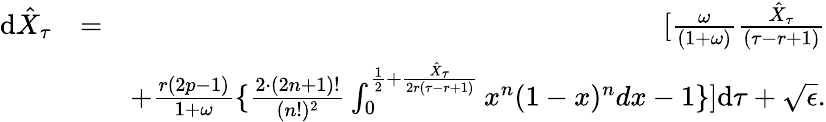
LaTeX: \begin{array}{rlr}{\textrm{d}\hat{X}_{\tau}}&{=}&{[\frac{\omega}{(1+\omega)}\frac{\hat{X}_{\tau}}{(\tau-r+1)}}\\ &{}&{+\frac{r(2p-1)}{1+\omega}\{ \frac{2\cdot(2n+1)!}{(n!)^{2}}\int_{0}^{\frac{1}{2}+\frac{\hat{X}_{\tau}}{2r(\tau-r+1)}}x^{n}(1-x)^{n}dx-1\} ]\textrm{d}\tau+\sqrt{\epsilon}.}\end{array}